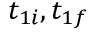
t _ { 1 i } , t _ { 1 f }